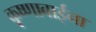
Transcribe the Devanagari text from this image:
कृष्णाबाईंना